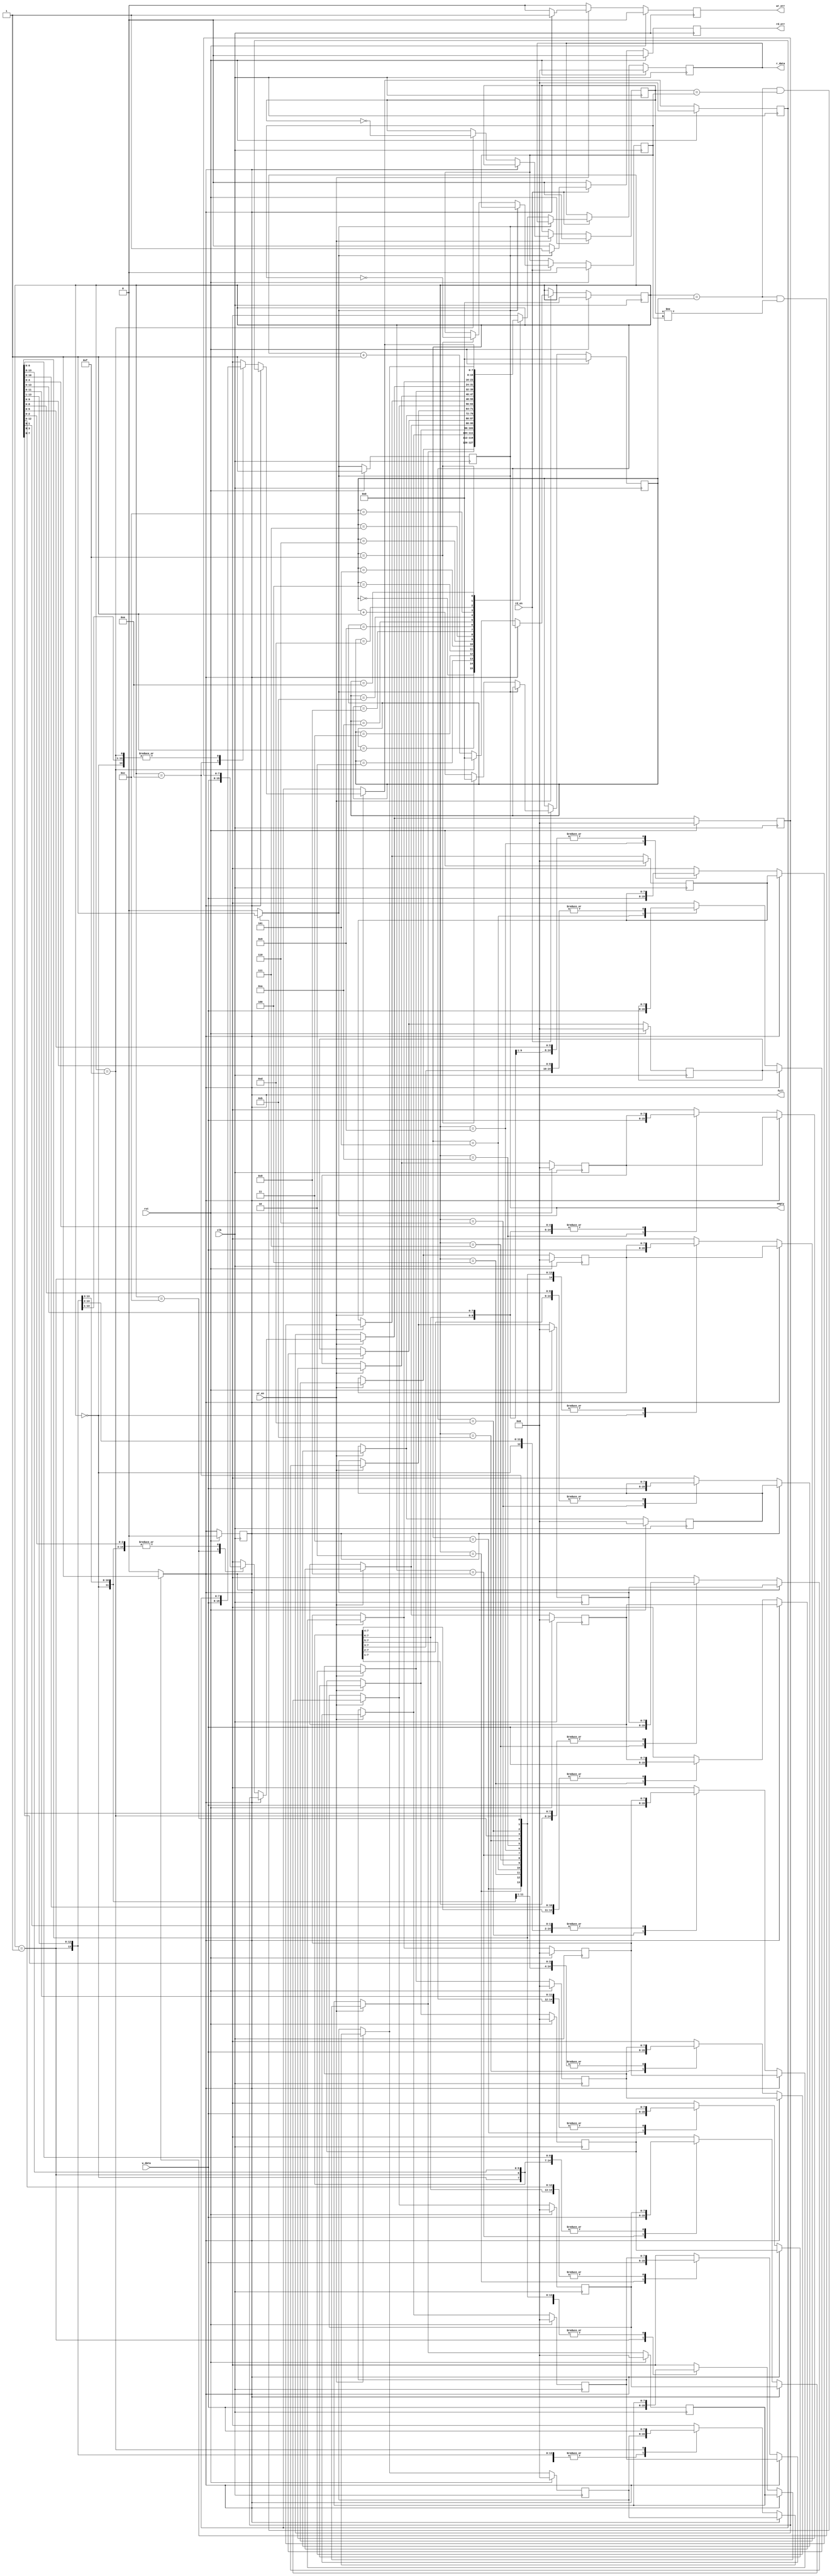
module syfifo(clk, rst, wr_en, rd_en,w_data, r_data,full, empty, wr_err, rd_err);
parameter WIDTH=8;
parameter DEPTH=16;
parameter ADDR_PTR_WIDTH=4;

input clk, rst, wr_en, rd_en;
input [WIDTH-1:0]w_data;

output reg [WIDTH-1:0]r_data;
output reg wr_err, rd_err,full, empty;

reg [ADDR_PTR_WIDTH-1:0] wr_ptr, rd_ptr;
reg wr_f, rd_f; 

integer i;

reg[WIDTH-1:0]mem[DEPTH-1:0];

always @(posedge clk) begin
	if (rst) begin
		wr_ptr=0;
		rd_ptr=0;
		full=0;
		empty=1;
		wr_err=0;
		rd_err=0;
		wr_f=0;
		rd_f=0;
		r_data=0;
		for (i=0;i<DEPTH;i=i+1)
			mem[i]=0;
	end

	else begin
		wr_err=0;
		rd_err=0;
		if (wr_en) begin
			if(~full) begin
				mem[wr_ptr]=w_data;
				if (wr_ptr==DEPTH-1) begin
						wr_f=~wr_f;
						wr_ptr=0;
				end
				else wr_ptr=wr_ptr+1;
			end
			else wr_err=1;
		end

		if (rd_en) begin
			if(~empty) begin
				r_data=mem[rd_ptr];
				if (rd_ptr==DEPTH-1) begin
						rd_f=~rd_f;
						rd_ptr=0;
				end
				else rd_ptr=rd_ptr+1;
			end
			else rd_err=1;
		end

	end

end

always @(wr_ptr or rd_ptr)begin
	full=0;
	empty=0;
	if(wr_ptr==rd_ptr && wr_f==rd_f)begin
			empty=1;
		//	full=0;
		end
		if (wr_ptr==rd_ptr && wr_f!=rd_f)begin
			full=1;
		//	empty=0;
		end
	end


endmodule